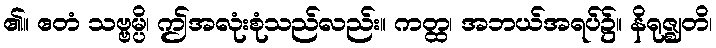
၏။ ဧတံ သဗ္ဗမ္ပိ၊ ဤအလုံးစုံသည်လည်း။ ကတ္ထ၊ အဘယ်အရပ်၌။ နိရုဇ္ဈတိ၊